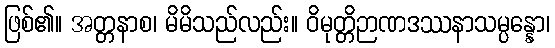
ဖြစ်၏။ အတ္တနာစ၊ မိမိသည်လည်း။ ဝိမုတ္တိဉာဏဒဿနာသမ္ပန္နော၊